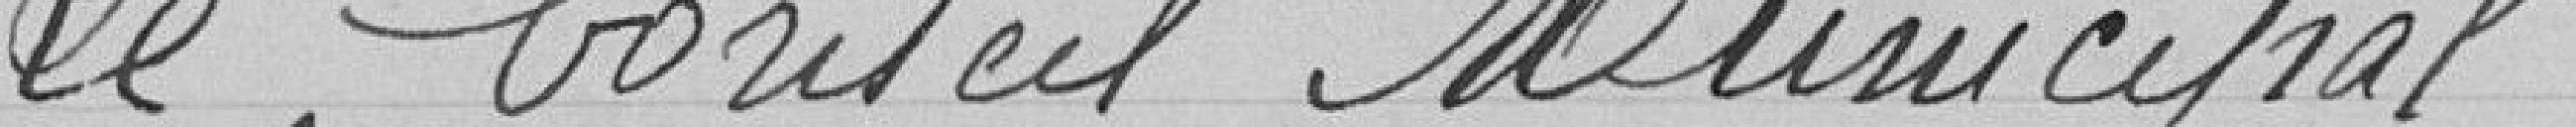
Le Conseil Municipal